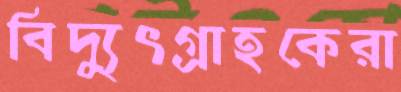
বিদ্যুৎগ্রাহকেরা